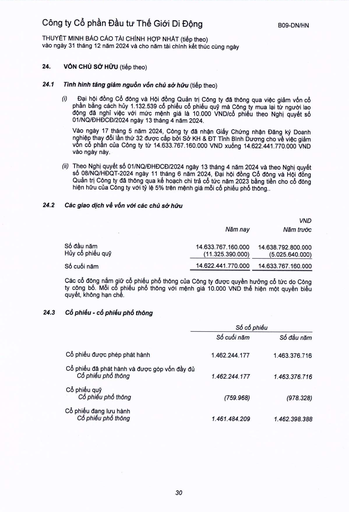
||Năm nay|VND Năm trước| |---|---|---| |Số đầu năm|14.633.767.160.000|14.638.792.800.000| |Hủy cổ phiếu quỹ|(11.325.390.000)|(5.025.640.000)| |Số cuối năm|14.622.441.770.000|14.633.767.160.000| ||Số cổ phiếu|| |---|---|---| ||Số cuối năm|Số đầu năm| |Cổ phiếu được phép phát hành|1.462.244.177|1.463.376.716| |Cổ phiếu đã phát hành và được góp vốn đầy đủ Cổ phiếu phổ thông|1.462.244.177|1.463.376.716| |Cổ phiếu quỹ Cổ phiếu phổ thông|(759.968)|(978.328)| |Cổ phiếu đang lưu hành Cổ phiếu phổ thông|1.461.484.209|1.462.398.388|